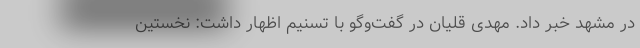
در مشهد خبر داد. مهدی قلیان در گفت‌وگو با تسنیم اظهار داشت: نخستین